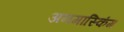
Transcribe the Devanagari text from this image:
अनमास्किंग